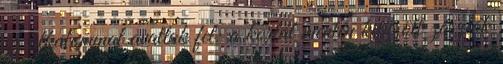
ez alkalommal avattak fel: a korlát mentén kitűzött zászlók